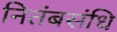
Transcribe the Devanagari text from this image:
नितंबसंधि